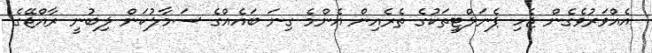
އެއްވަރުވެގެން ޖެހި ޕެނަލްޓީތަކުގެ ތެރެއިން އެންމެ ގިނަ ބައެއްގެ ސަމާލުކަން ލިބުނީ ރާއްޖޭގެ